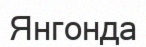
Янгонда